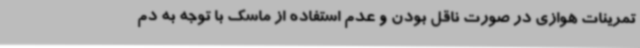
تمرینات هوازی در صورت ناقل بودن و عدم استفاده از ماسک با توجه به دم